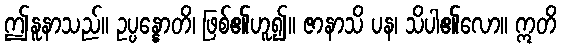
ဤနူနာသည်။ ဥပ္ပန္နောတိ၊ ဖြစ်၏ဟူ၍။ ဇာနာသိ ပန၊ သိပါ၏လော။ ဣတိ